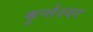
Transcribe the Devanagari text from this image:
कुन्‍तेश्‍वर